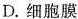
D. 细胞膜